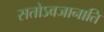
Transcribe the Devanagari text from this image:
सतोऽवजानाति